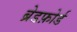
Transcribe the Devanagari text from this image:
ब्रेडफ़ोर्ड